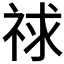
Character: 𥙹